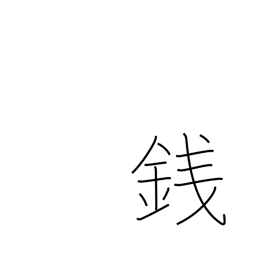
Meaning: coin